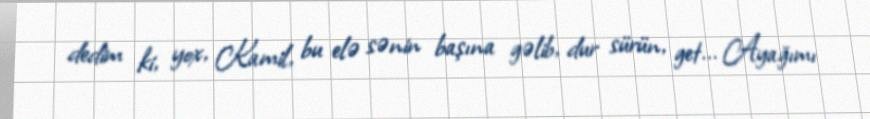
dedim ki, yox, Kamil, bu elə sənin başına gəlib, dur sürün, get... Ayağımı